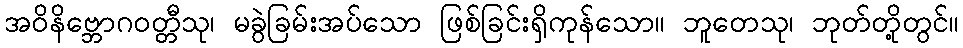
အဝိနိဗ္ဘောဂဝတ္တီသု၊ မခွဲခြမ်းအပ်သော ဖြစ်ခြင်းရှိကုန်သော။ ဘူတေသု၊ ဘုတ်တို့တွင်။